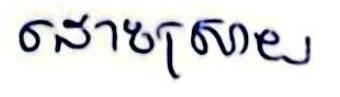
ដោះស្រាយ